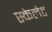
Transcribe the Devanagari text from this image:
स्केलेट